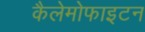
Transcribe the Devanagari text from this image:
कैलेमोफाइटन